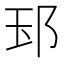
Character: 𨚝